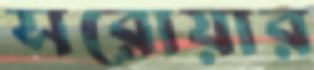
সরোয়ার